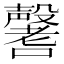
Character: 𡄒